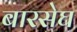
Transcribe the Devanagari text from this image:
बारसेघ